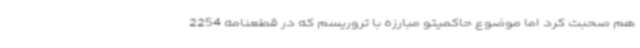
هم صحبت کرد اما موضوع حاکمیتو مبارزه با تروریسم که در قطعنامه 2254